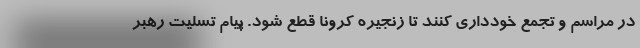
در مراسم و تجمع خودداری کنند تا زنجیره کرونا قطع شود. پیام تسلیت رهبر